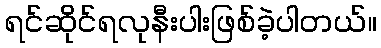
ရင်ဆိုင်ရလုနီးပါးဖြစ်ခဲ့ပါတယ်။